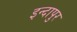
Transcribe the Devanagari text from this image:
इन्दापुर